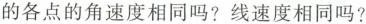
的各点的角速度相同吗？线速度相同吗？